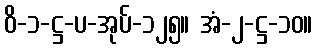
ဝိ-၁-ဋ္ဌ-ပ-အုပ်-၁၂၅။ အံ-၂-ဋ္ဌ-၁၀။